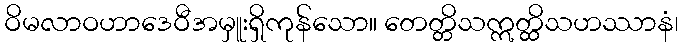
ဝိမလာဝဟာဒေဝီအမှူးရှိကုန်သော။ တေတ္တိသဣတ္ထိသဟဿာနံ၊